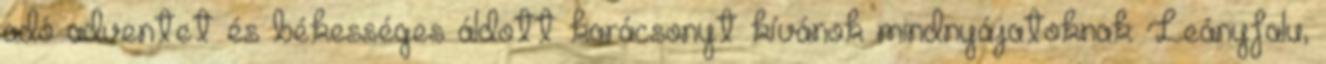
adó adventet és békességes áldott karácsonyt kívánok mindnyájatoknak: Leányfalu,